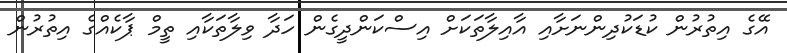
އޭގެ އިތުރުން ކުޑަކުދިންނަށާއި އާއިލާތަކަށް އިސްކަންދީގެން ހަދާ ވިލާތަކާއި ތީމް ޕާކެއްގެ އިތުރުން